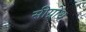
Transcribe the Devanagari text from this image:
सीग्रोथ